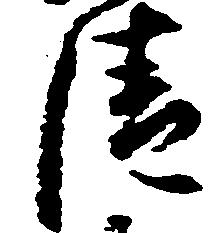
清